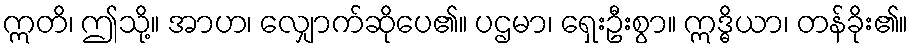
ဣတိ၊ ဤသို့။ အာဟ၊ လျှောက်ဆိုပေ၏။ ပဌမာ၊ ရှေးဦးစွာ။ ဣဒ္ဓိယာ၊ တန်ခိုး၏။